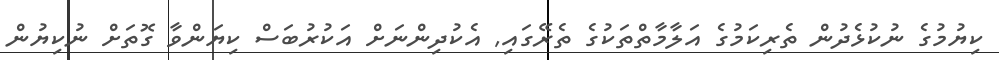
ކިޔުމުގެ ނުކުޅެދުން ތެރިކަމުގެ އަލާމާތްތަކުގެ ތެރޭގައި